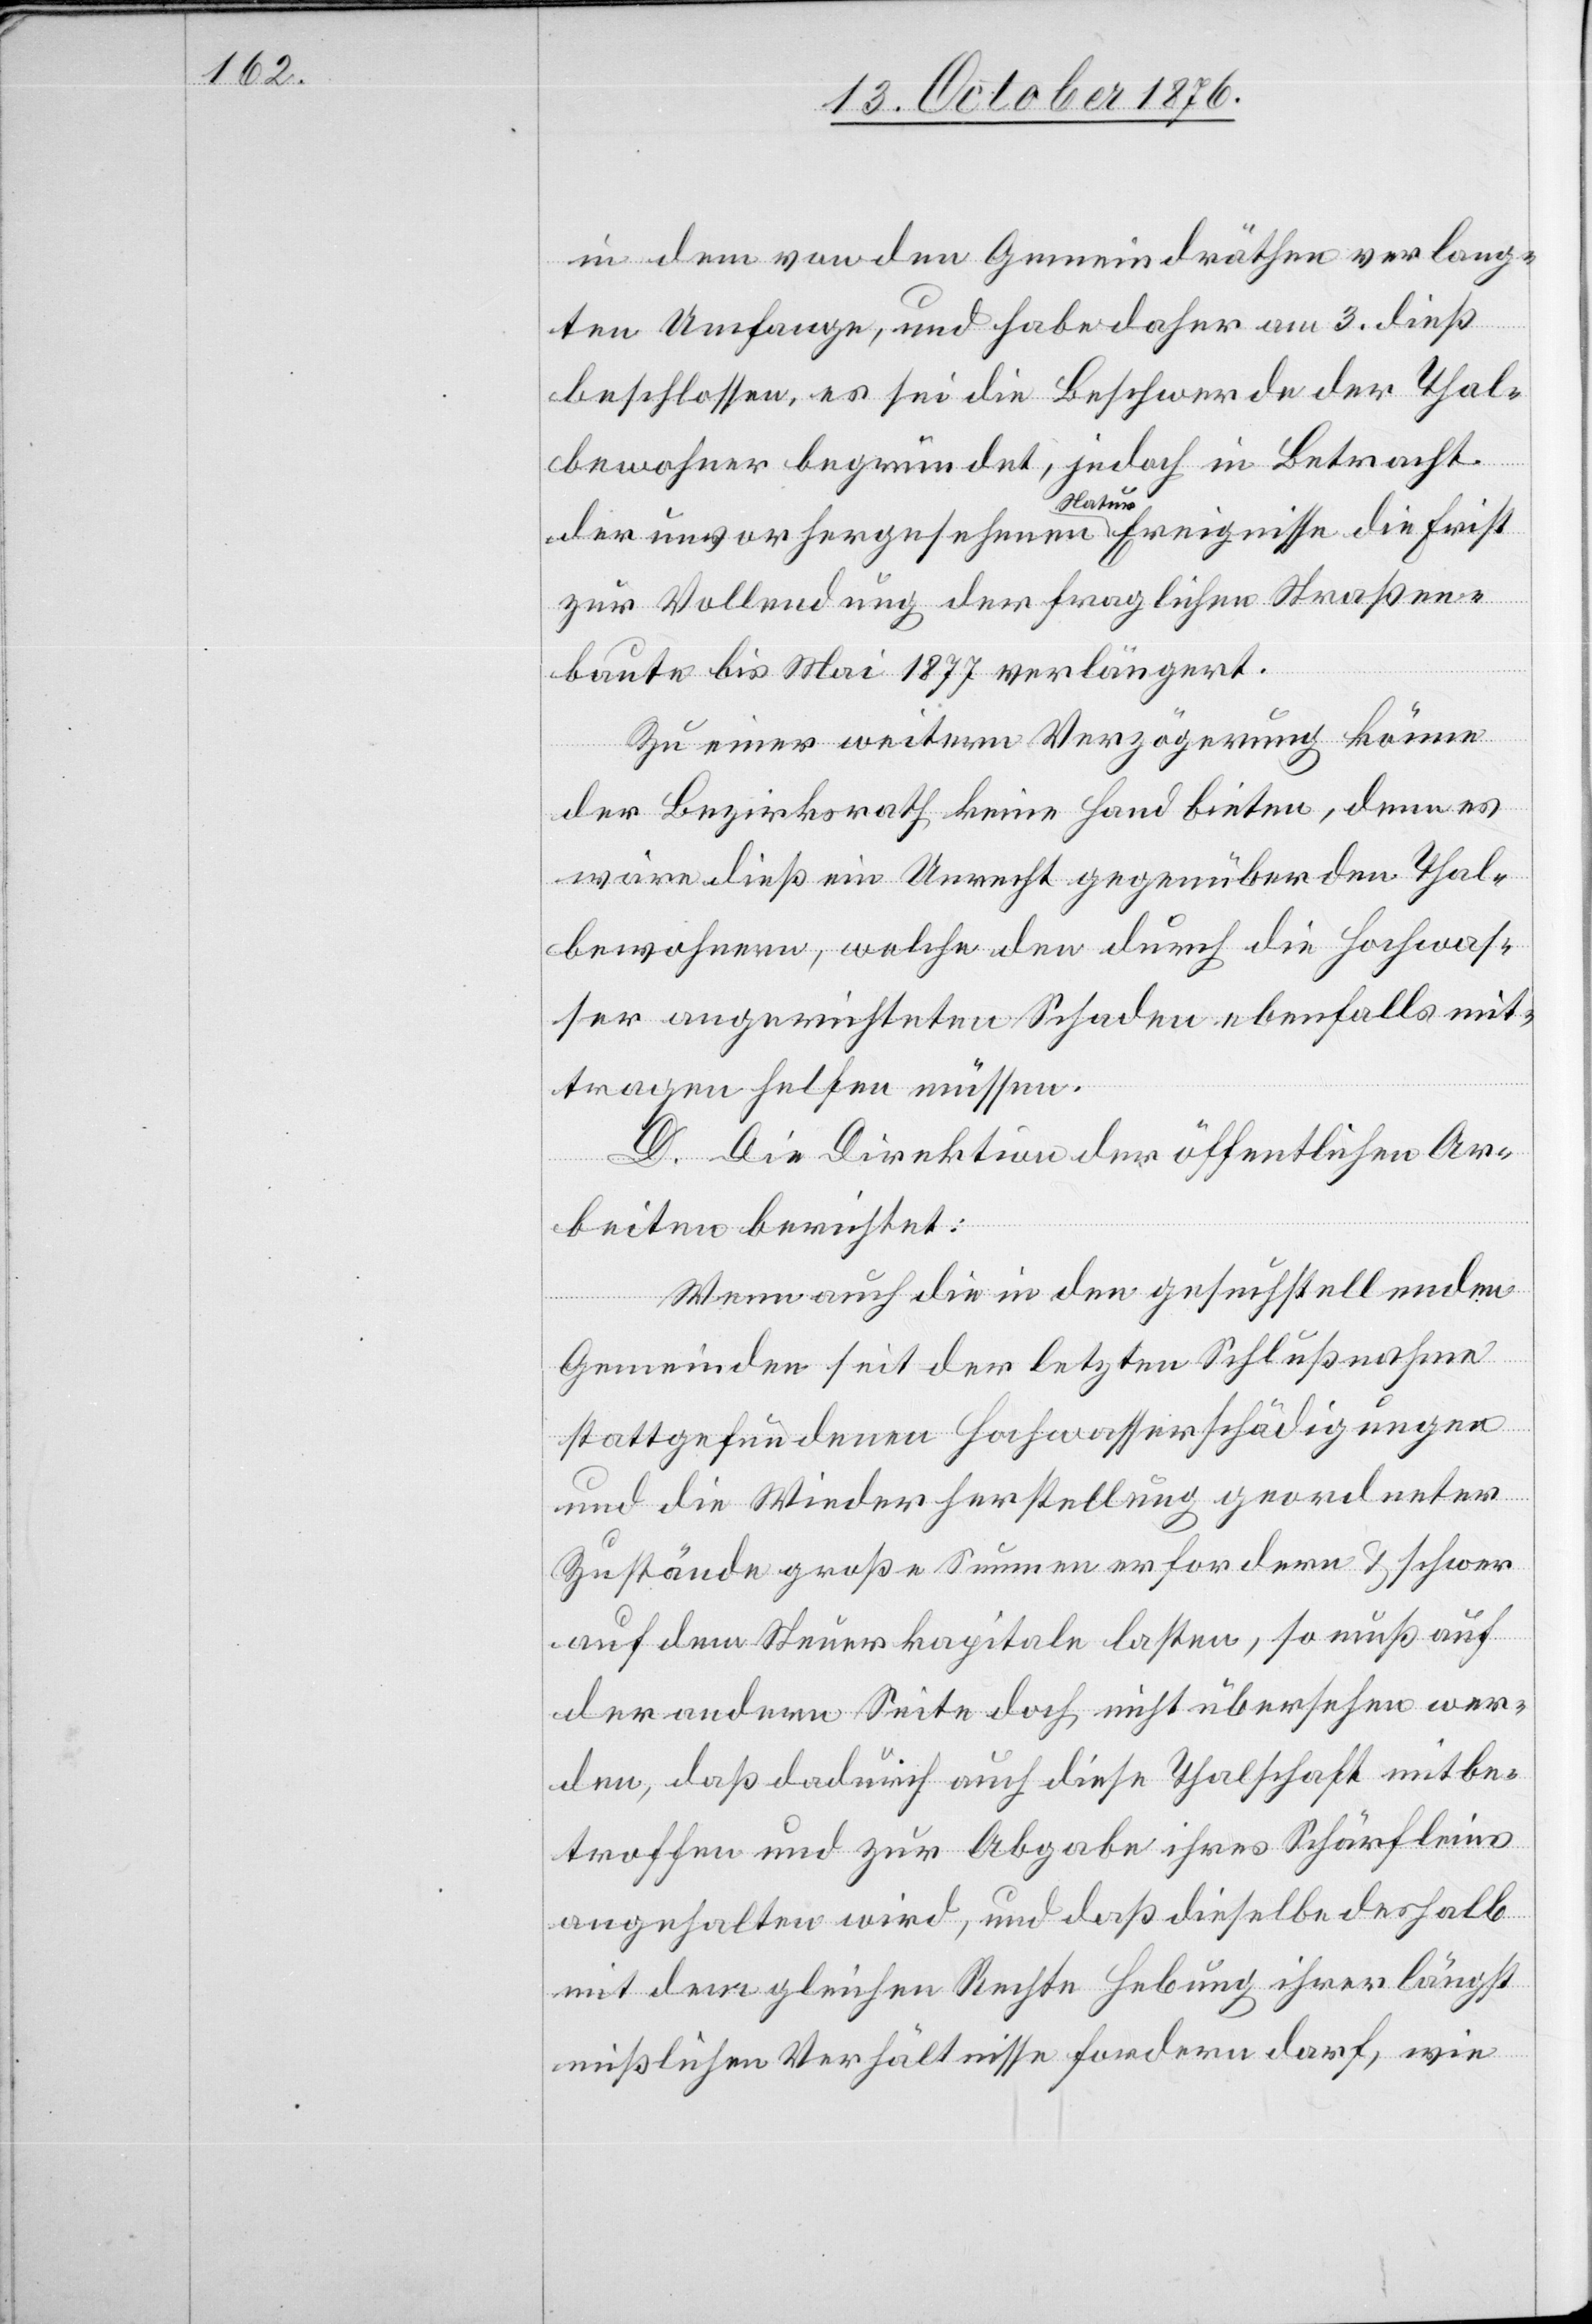
in dem von den Gemeindräthen verlang¬
ten Umfange, und habe daher am 3. dieß
beschlossen, es sei die Beschwerde der Thal¬
bewohner begründet, jedoch in Betracht
der unvorhergesehenen a Natur aEreignisse die Frist
zur Vollendung der fraglichen Straßen¬
baute bis Mai 1877 verlängert.
Zu einer weitern Verzögerung könne
der Bezirksrath keine Hand bieten, denn es
wäre dieß ein Unrecht gegenüber den Thal¬
bewohnern, welche den durch die Hochwas¬
ser angerichteten Schaden ebenfalls mit¬
tragen helfen müssen.
D. Die Direktion der öffentlichen Ar¬
beiten berichtet:
Wenn auch die in den gesuchstellenden
Gemeinden seit der letzten Schlußnahme
stattgefundenen Hochwasserschädigungen
und die Wiederherstellung geordneter
Zustände große Summen erfordern & schwer
auf dem Steuerkapitale lasten, so muß auf
der andern Seite doch nicht übersehen wer¬
den, daß dadurch auch diese Thalschaft mitbe¬
troffen und zur Abgabe ihres Schärfleins
angehalten wird, und daß dieselbe deshalb
mit dem gleichen Rechte Hebung ihrer längst
mißlichen Verhältnisse fordern darf, wie